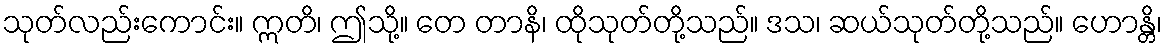
သုတ်လည်းကောင်း။ ဣတိ၊ ဤသို့။ တေ တာနိ၊ ထိုသုတ်တို့သည်။ ဒသ၊ ဆယ်သုတ်တို့သည်။ ဟောန္တိ၊